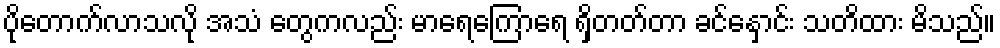
ပိုတောက်လာသလို အသံ တွေကလည်း မာရေကြောရေ ရှိတတ်တာ ခင်နှောင်း သတိထား မိသည်။